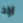
أراد